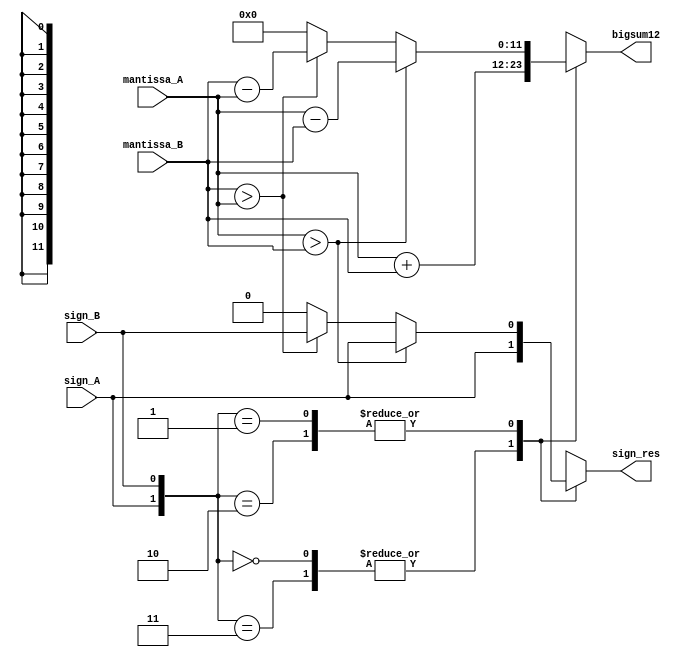
module bigsum(input sign_A, input sign_B, input [10:0]mantissa_A,input [10:0]mantissa_B,
output reg sign_res,output reg [11:0] bigsum12);

always@(mantissa_A,mantissa_B,sign_A,sign_B) begin
	case({sign_A,sign_B})

	2'b00 , 2'b11 : begin bigsum12 = mantissa_A + mantissa_B;
			      sign_res = sign_A;end
	2'b01 , 2'b10 : begin
			   if(mantissa_A > mantissa_B)begin
				bigsum12 = mantissa_A - mantissa_B;
				sign_res = sign_A; end
			   else if (mantissa_B > mantissa_A)begin
				bigsum12 = mantissa_B - mantissa_A;
				sign_res = sign_B; end
			   else begin
				bigsum12 = 12'b0;
				sign_res = 0; end
			end
	endcase

end
endmodule